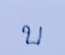
บ